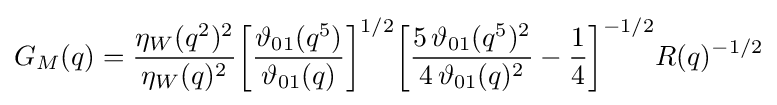
G_{M}(q)={\frac {\eta _{W}(q^{2})^{2}}{\eta _{W}(q)^{2}}}{\biggl [}{\frac {\vartheta _{01}(q^{5})}{\vartheta _{01}(q)}}{\biggr ]}^{1/2}{\biggl [}{\frac {5\,\vartheta _{01}(q^{5})^{2}}{4\,\vartheta _{01}(q)^{2}}}-{\frac {1}{4}}{\biggr ]}^{-1/2}R(q)^{-1/2}